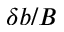
\delta b / B